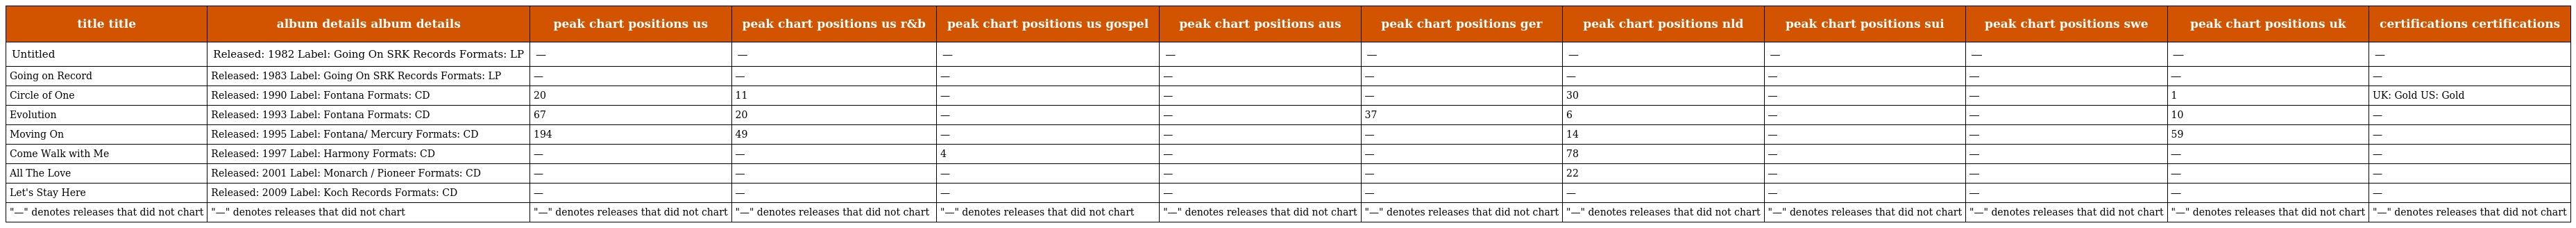
| title title | album details album details | peak chart positions us | peak chart positions us r&b | peak chart positions us gospel | peak chart positions aus | peak chart positions ger | peak chart positions nld | peak chart positions sui | peak chart positions swe | peak chart positions uk | certifications certifications |
 | --- | --- | --- | --- | --- | --- | --- | --- | --- | --- | --- | --- |
 | Untitled | Released: 1982 Label: Going On SRK Records Formats: LP | — | — | — | — | — | — | — | ― | ― | — |
 | Going on Record | Released: 1983 Label: Going On SRK Records Formats: LP | — | — | — | — | — | — | — | ― | ― | — |
 | Circle of One | Released: 1990 Label: Fontana Formats: CD | 20 | 11 | — | — | — | 30 | — | ― | 1 | UK: Gold US: Gold |
 | Evolution | Released: 1993 Label: Fontana Formats: CD | 67 | 20 | — | — | 37 | 6 | — | ― | 10 | — |
 | Moving On | Released: 1995 Label: Fontana/ Mercury Formats: CD | 194 | 49 | — | — | — | 14 | — | ― | 59 | — |
 | Come Walk with Me | Released: 1997 Label: Harmony Formats: CD | — | — | 4 | — | — | 78 | — | ― | ― | — |
 | All The Love | Released: 2001 Label: Monarch / Pioneer Formats: CD | — | — | — | — | — | 22 | — | ― | ― | — |
 | Let's Stay Here | Released: 2009 Label: Koch Records Formats: CD | — | — | — | — | — | — | — | ― | ― | — |
 | "—" denotes releases that did not chart | "—" denotes releases that did not chart | "—" denotes releases that did not chart | "—" denotes releases that did not chart | "—" denotes releases that did not chart | "—" denotes releases that did not chart | "—" denotes releases that did not chart | "—" denotes releases that did not chart | "—" denotes releases that did not chart | "—" denotes releases that did not chart | "—" denotes releases that did not chart | "—" denotes releases that did not chart |